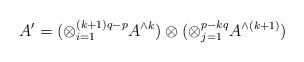
LaTeX: \begin{align*} A' = (\otimes_{i=1}^{(k+1)q-p} A^{\wedge k}) \otimes (\otimes_{j=1}^{p-k q} A^{\wedge(k+1)}) \end{align*}